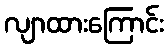
လျာထားကြောင်း